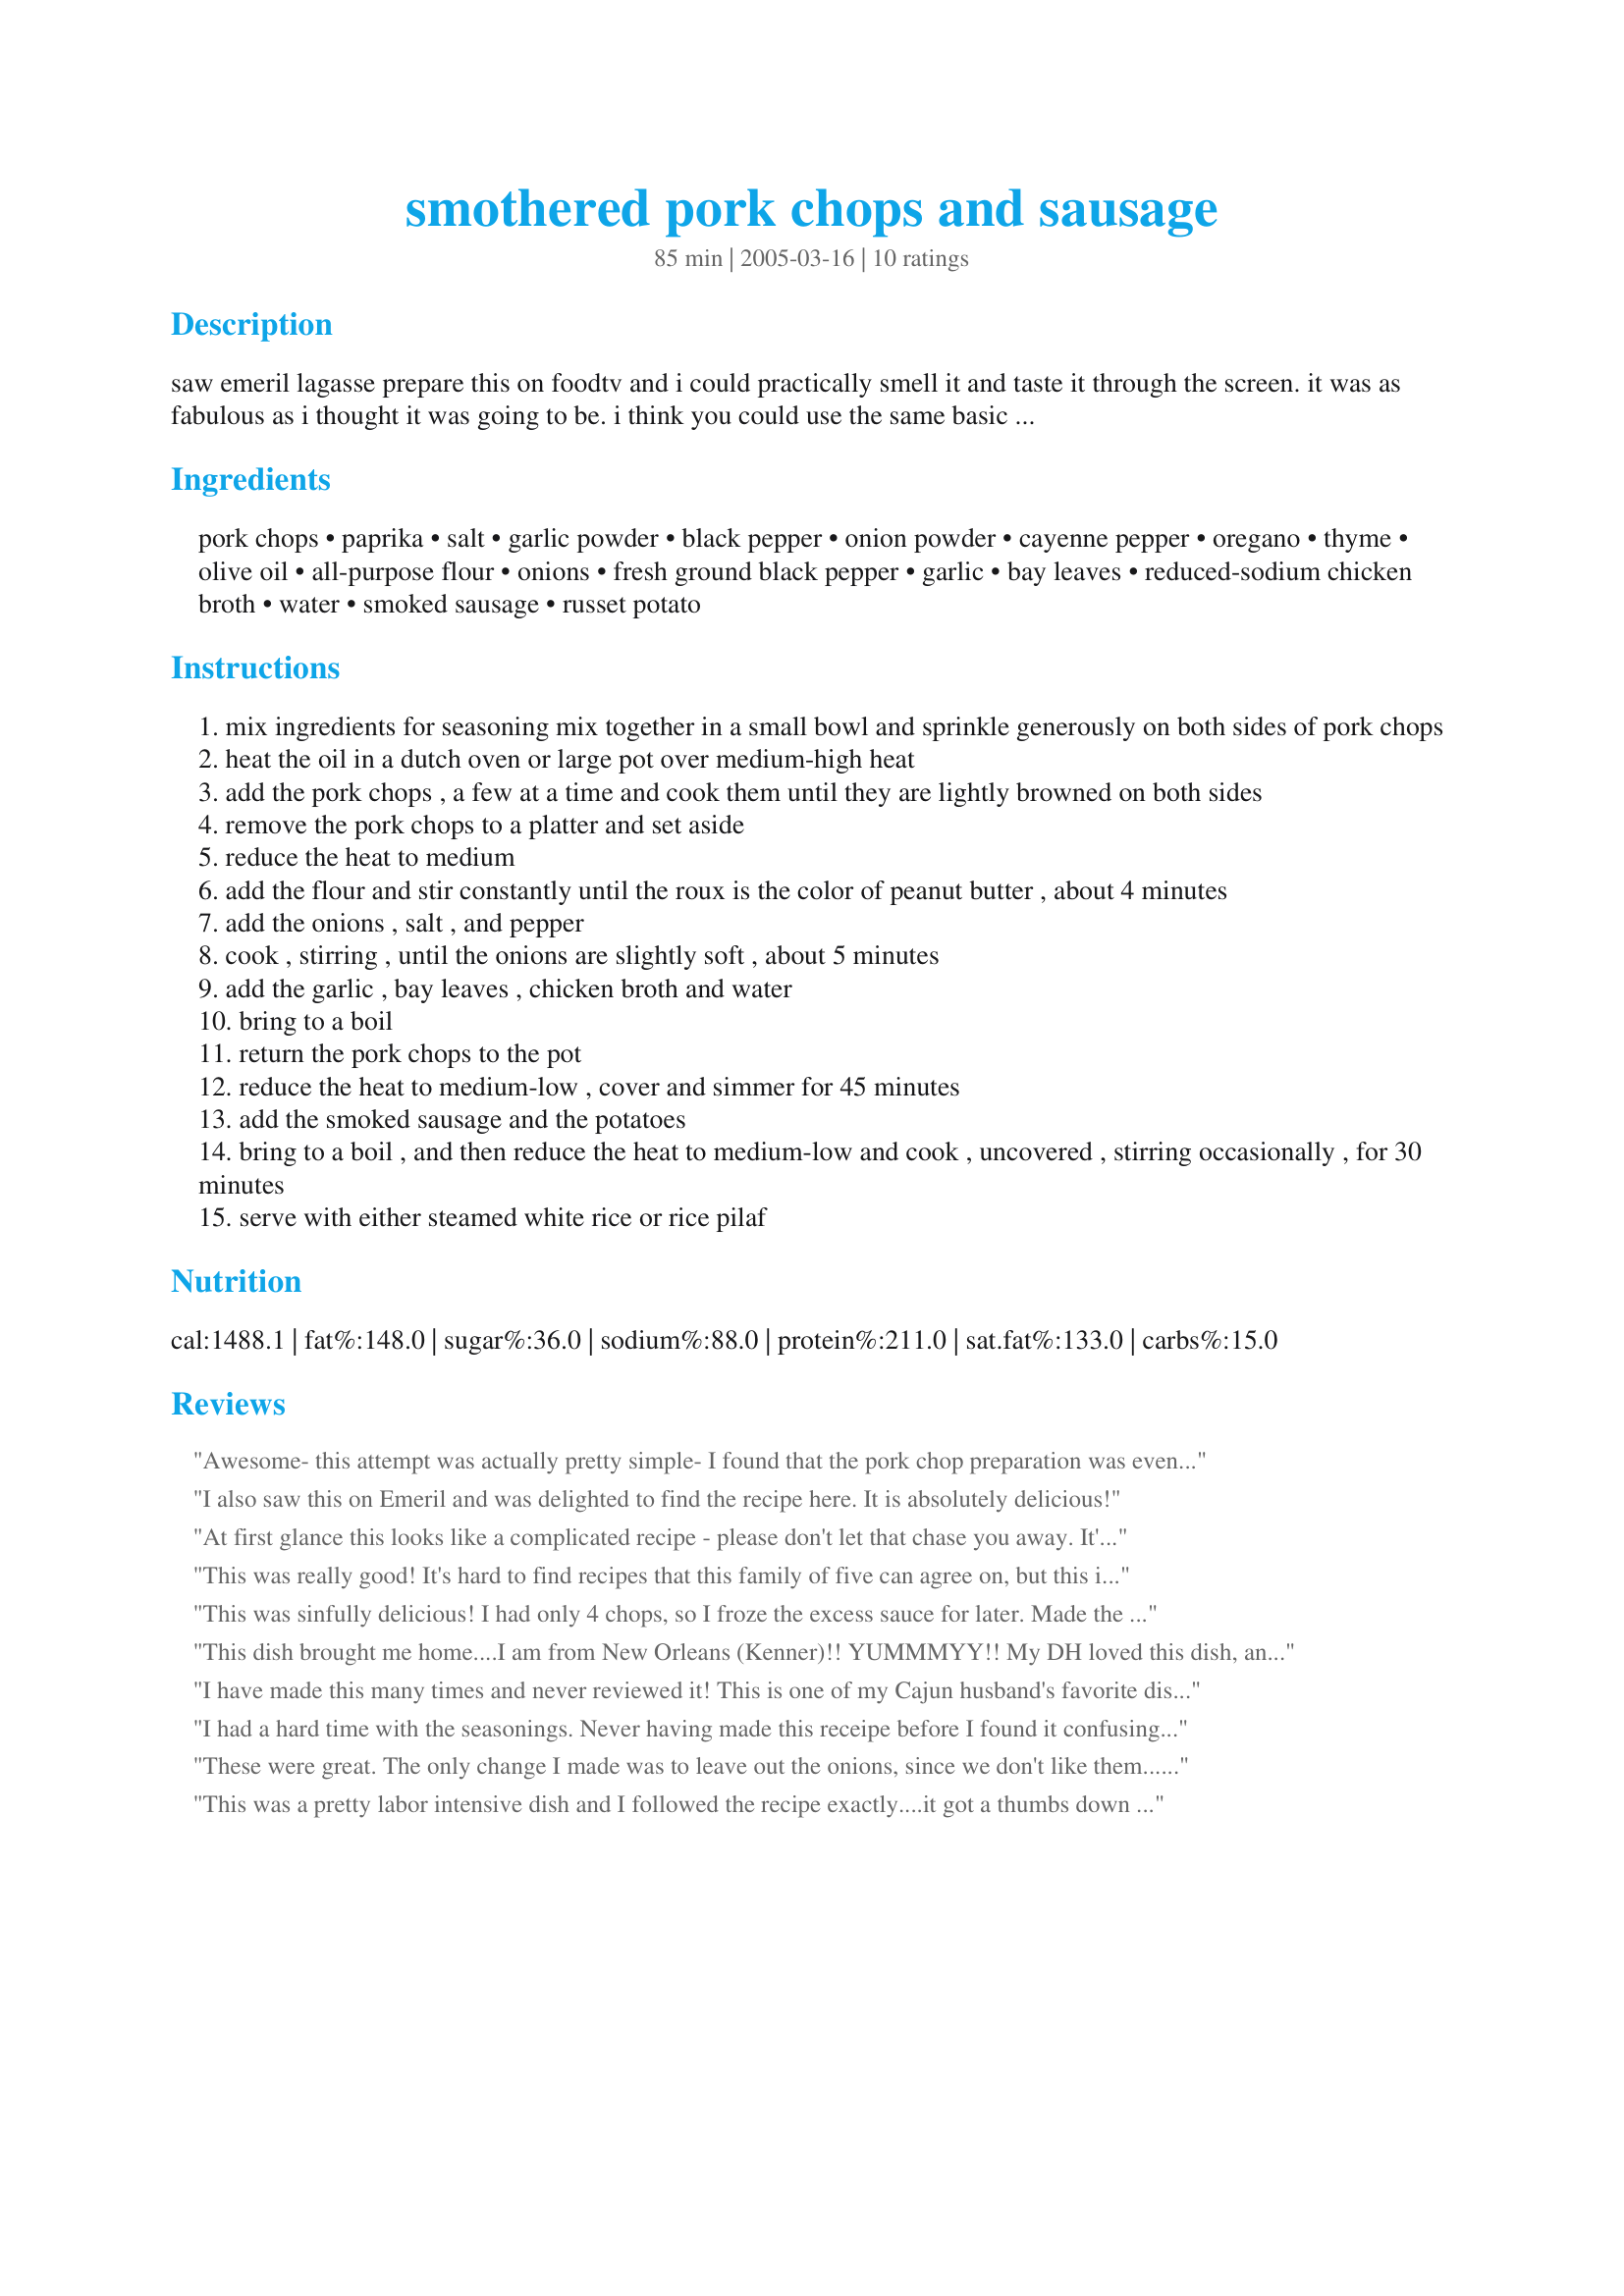
smothered pork chops and sausage
Preparation time: 85 minutes

saw emeril lagasse prepare this on foodtv and i could practically smell it and taste it through the screen. it was as fabulous as i thought it was going to be. i think you could use the same basic sauce for chicken and shrimp dishes as well. the sauce is to die for! adapted from recipe in "new new orleans cooking" by emeril lagasse and jessie tirsch.

Ingredients:
pork chops, paprika, salt, garlic powder, black pepper, onion powder, cayenne pepper, oregano, thyme, olive oil, all-purpose flour, onions, fresh ground black pepper, garlic, bay leaves, reduced-sodium chicken broth, water, smoked sausage, russet potato

Steps:
mix ingredients for seasoning mix together in a small bowl and sprinkle generously on both sides of pork chops
heat the oil in a dutch oven or large pot over medium-high heat
add the pork chops , a few at a time and cook them until they are lightly browned on both sides
remove the pork chops to a platter and set aside
reduce the heat to medium
add the flour and stir constantly until the roux is the color of peanut butter , about 4 minutes
add the onions , salt , and pepper
cook , stirring , until the onions are slightly soft , about 5 minutes
add the garlic , bay leaves , chicken broth and water
bring to a boil
return the pork chops to the pot
reduce the heat to medium-low , cover and simmer for 45 minutes
add the smoked sausage and the potatoes
bring to a boil , and then reduce the heat to medium-low and cook , uncovered , stirring occasionally , for 30 minutes
serve with either steamed white rice or rice pilaf

Reviews:
Awesome- this attempt was actually pretty simple- I found that the pork chop preparation was even better alone rather than doing all of this other stuff- I made the fried pork chops the next day, alone with a salad and we loved them- the dry rub is amazing from this recipe- The actual recipe was very tasty and I would make it again!!!
I also saw this on Emeril and was delighted to find the recipe here. It is absolutely delicious!
At first glance this looks like a complicated recipe - please don't let that chase you away. It's very quickly put together and the flavor is just unbelievable. We have a new favorite way to prepare pork chops! Thanks for posting this fab recipe on Zaar :)
This was really good! It's hard to find recipes that this family of five can agree on, but this is one! The only thing I did was double the seasonings, my family loves flavor! Thanks for posting
This was sinfully delicious! I had only 4 chops, so I froze the excess sauce for later. Made the kitchen smell like Mardi Gras!
This dish brought me home....I am from New Orleans (Kenner)!! YUMMMYY!! My DH loved this dish, and said the left overs tasted even better. I keeper! Thank you for posting a great recipe!
I have made this many times and never reviewed it! This is one of my Cajun husband's favorite dishes. I add extra cayenne to the spice mixture and use chicken & apple sausage but other than that, follow it to the letter and it turns out fantastic every time! A real comforting dish for cold nights. Thanks Sharlene!
I had a hard time with the seasonings. Never having made this receipe before I found it confusing that the oil was added with the seasoning. I poured the oil on the seasoning, since it was in with the seasoning. I then read the directions further, and found this a mistake. However I swiped the pork chops in this. Added a little more oil and finished as directed and got rave reviews from hubby and granddaughter. When a ten year old says "This is the best home cooked pork chop I ever had", you know you have a hit. Thanks for posting, will use over an over again.
These were great. The only change I made was to leave out the onions, since we don't like them...and I did cook them slightly differently. I realized I wouldn't have time to finish them on the stovetop and eat before church, so after the sauce was made, I added the potatoes and sausage back early and put it all in the oven at 200 degrees and cooked for about 2 hours. The sauce was terrific--caught my husband pouring it off the plate into his mouth! I was a little bit more decorous. I mopped mine up with a piece of bread :D Definitely a keeper!
This was a pretty labor intensive dish and I followed the recipe exactly....it got a thumbs down all the way around the table. Sorry, this did not work for us.
